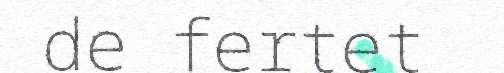
de fertet